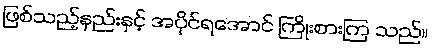
ဖြစ်သည့်နည်းနှင့် အပိုင်ရအောင် ကြိုးစားကြ သည်။